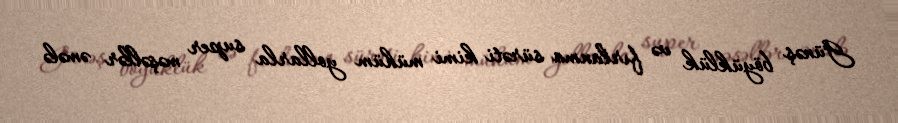
Günəş böyüklük və fırlanma sürəti kimi mühüm yollarla super məşəllər əmələ